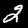
Label: 2